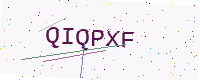
Text: QIQPXF